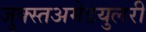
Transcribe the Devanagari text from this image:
जुक्स्तअमेडयुलरी